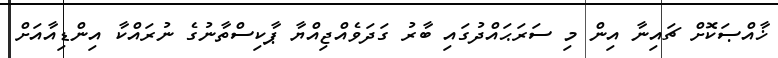
ޚާއްޞަކޮށް ޗައިނާ އިން މި ސަރަޙައްދުގައި ބާރު ގަދަވެއްޖިއްޔާ ޕާކިސްތާނުގެ ނުރައްކާ އިންޑިއާއަށް